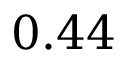
0 . 4 4